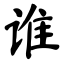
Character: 谁